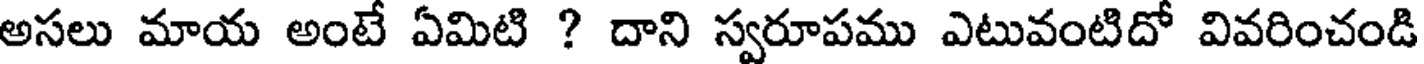
అసలు మాయ అంటే ఏమిటి ? దాని స్వరూపము ఎటువంటిదో వివరించండి